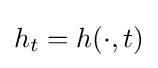
h_{t}=h(\cdot ,t)